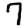
Digit: 7